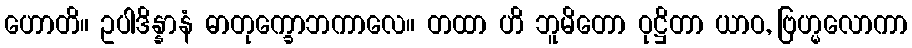
ဟောတိ။ ဥပါဒိန္နာနံ ဓာတုက္ခောဘကာလေ။ တထာ ဟိ ဘူမိတော ဝုဋ္ဌိတာ ယာဝ, ဗြဟ္မလောကာ